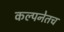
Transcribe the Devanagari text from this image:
कल्पनेतच